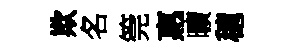
欺名筦惠曠穂